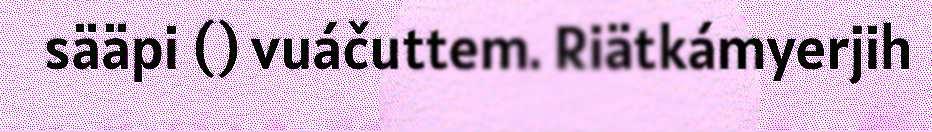
sääpi () vuáčuttem. Riätkámyerjih